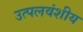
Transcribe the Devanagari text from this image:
उत्पलवंशीय